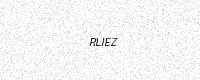
Text: RLIEZ